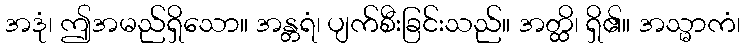
အဒုံ၊ ဤအမည်ရှိသော။ အန္တရံ၊ ပျက်စီးခြင်းသည်။ အတ္ထိ၊ ရှိ၏။ အသ္မာကံ၊